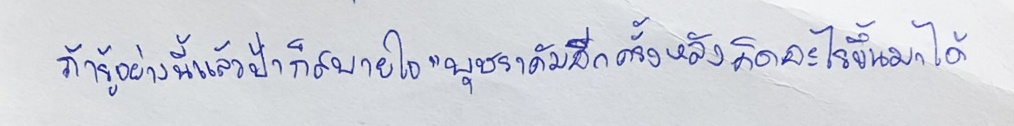
ถ้ารู้อย่างนี้แล้วป้าก็สบายใจ"บุษราคัมอีกครั้งหลังคิดอะไรขึ้นมาได้